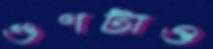
গুণটাও